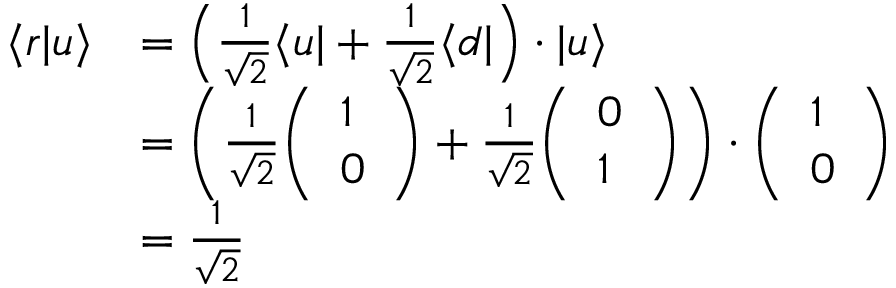
{ \begin{array} { r l } { \langle r | u \rangle } & { = \left( { \frac { 1 } { \sqrt { 2 } } } \langle u | + { \frac { 1 } { \sqrt { 2 } } } \langle d | \right) \cdot | u \rangle } \\ & { = \left( { \frac { 1 } { \sqrt { 2 } } } { \left( \begin{array} { l } { 1 } \\ { 0 } \end{array} \right) } + { \frac { 1 } { \sqrt { 2 } } } { \left( \begin{array} { l } { 0 } \\ { 1 } \end{array} \right) } \right) \cdot { \left( \begin{array} { l } { 1 } \\ { 0 } \end{array} \right) } } \\ & { = { \frac { 1 } { \sqrt { 2 } } } } \end{array} }